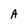
Character: A